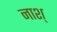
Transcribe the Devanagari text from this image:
नाश्